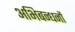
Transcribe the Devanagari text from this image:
अभिबन्धनों